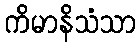
ကိမာနိသံသာ